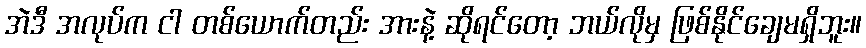
အဲဒီ အလုပ်က ငါ တစ်ယောက်တည်း အားနဲ့ ဆိုရင်တော့ ဘယ်လိုမှ ဖြစ်နိုင်ချေမရှိဘူး။